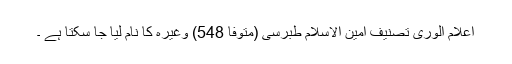
اعلام الوری تصنیف امین الاسلام طبرسی (متوفا 548) وغیرہ کا نام لیا جا سکتا ہے ۔